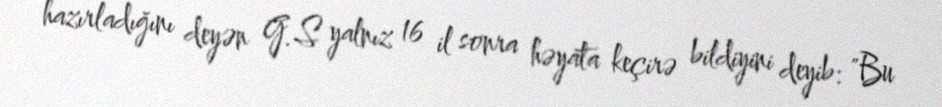
hazırladığını deyən G.S yalnız 16 il sonra həyata keçirə bildiyini deyib: "Bu